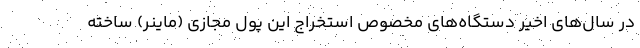
در سال‌های اخیر دستگاه‌های مخصوص استخراج این پول مجازی (ماینر) ساخته